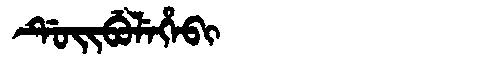
Manchu: ᡩᡠᡳᠪᡠᠯᡝᡥᡝᠪᡳ
Romanization: DUIBULEHEBI